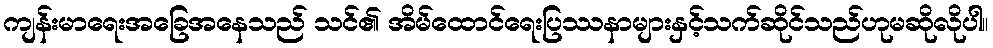
ကျန်းမာရေးအခြေအနေသည် သင်၏ အိမ်ထောင်ရေးပြဿနာများနှင့်သက်ဆိုင်သည်ဟုမဆိုလိုပါ။